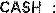
CASH :